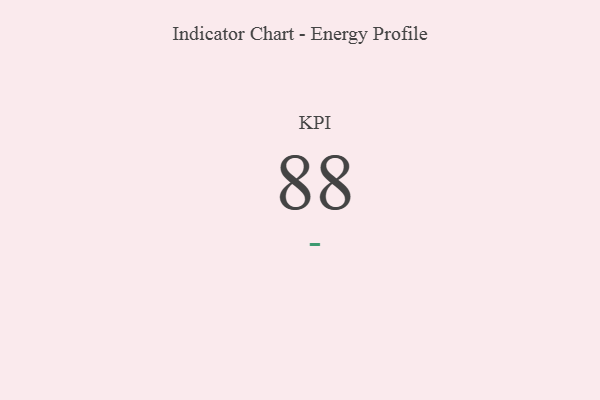
{"axis": {"x": "KPI", "y": "Value"}, "legend": [""], "data": [{"x": "KPI", "y": 88, "type": ""}]}